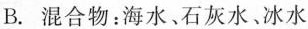
B.混合物：海水、石灰水、冰水